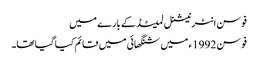
فوسن انٹرنیشنل لمیٹڈ کے بارے میں
فوسن 1992ء میں شنگھائی میں قائم کیا گیا تھا۔